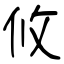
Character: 攸